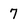
Character: 7